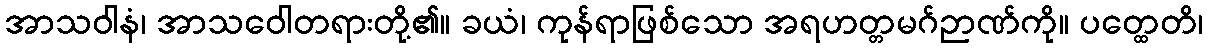
အာသဝါနံ၊ အာသဝေါတရားတို့၏။ ခယံ၊ ကုန်ရာဖြစ်သော အရဟတ္တမဂ်ဉာဏ်ကို။ ပတ္ထေတိ၊